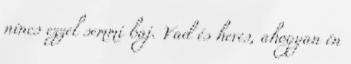
nincs ezzel semmi baj. Vad és heves, ahogyan én